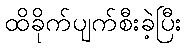
ထိခိုက်ပျက်စီးခဲ့ပြီး